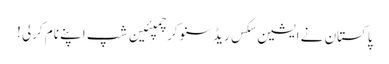
پاکستان نے ایشین سکس ریڈ سنوکر چمپئین شپ اپنے نام کرلی !